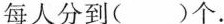
每人分到()个.